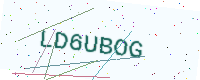
Text: LD6UBOG